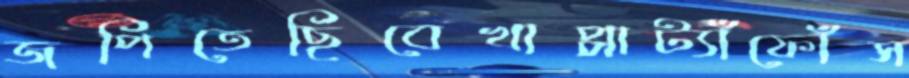
জপিতেছিবেখাপ্পাট্যাঁফোঁস